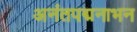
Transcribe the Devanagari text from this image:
अनंतपद्मनाभन